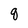
Character: q